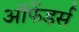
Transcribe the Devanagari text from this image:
ऑफेंडर्स